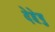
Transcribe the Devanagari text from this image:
देहेषु